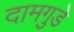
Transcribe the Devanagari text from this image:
दामगुडे